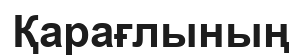
Қарағлының